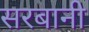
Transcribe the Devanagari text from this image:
सरबानी